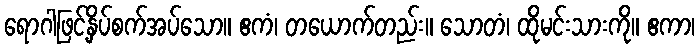
ရောဂါဖြင့်နှိပ်စက်အပ်သော။ ဧကံ၊ တယောက်တည်း။ သောတံ၊ ထိုမင်းသားကို။ ဧကာ၊